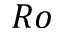
R o